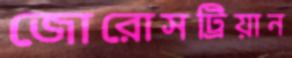
জোরোসট্রিয়ান